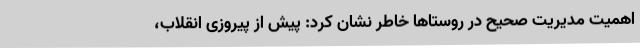
اهمیت مدیریت صحیح در روستاها خاطر نشان کرد: پیش از پیروزی انقلاب،